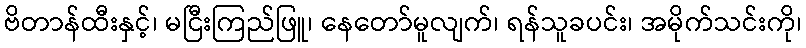
ဗိတာန်ထီးနှင့်၊ မငြီးကြည်ဖြူ၊ နေတော်မူလျက်၊ ရန်သူခပင်း၊ အမိုက်သင်းကို၊